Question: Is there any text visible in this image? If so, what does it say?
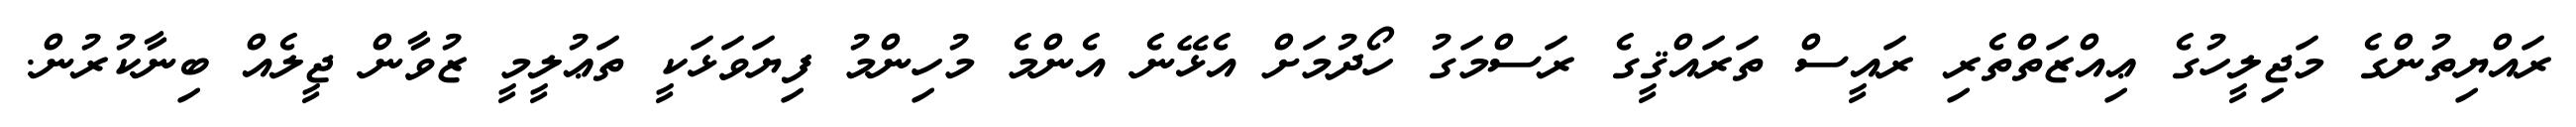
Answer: ރައްޔިތުންގެ މަޖިލީހުގެ ޢިއްޒަތްތެރި ރައީސް ތަރައްޤީގެ ރަސްމަގު ހޯދުމަށް އެޅޭނެ އެންމެ މުހިންމު ފިޔަވަޅަކީ ތަޢުލީމީ ޒުވާން ޖީލެއް ބިނާކުރުން.